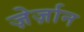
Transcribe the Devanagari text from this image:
ज़ेर्ज़ान